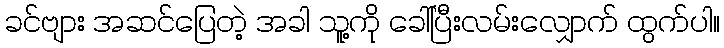
ခင်ဗျား အဆင်ပြေတဲ့ အခါ သူ့ကို ခေါ်ပြီးလမ်းလျှောက် ထွက်ပါ။